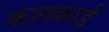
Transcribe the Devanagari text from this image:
कानकार्ड